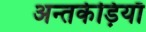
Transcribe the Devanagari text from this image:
अन्तर्कड़ियाँ